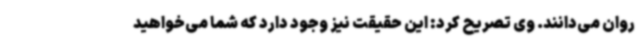
روان می‌دانند. وی تصریح کرد: این حقیقت نیز وجود دارد که شما می‌خواهید